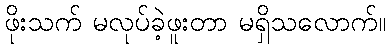
ဖိုးသက် မလုပ်ခဲ့ဖူးတာ မရှိသလောက်။